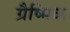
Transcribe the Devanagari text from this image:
ग्रैष्मिक